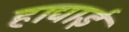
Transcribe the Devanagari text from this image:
हाद्याई